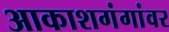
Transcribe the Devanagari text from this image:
आकाशगंगांवर